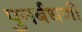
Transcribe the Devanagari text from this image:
पुनर्बंधणी